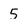
Character: 5